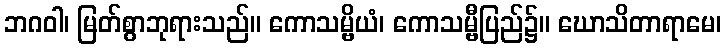
ဘဂဝါ၊ မြတ်စွာဘုရားသည်။ ကောသမ္ဗိယံ၊ ကောသမ္ဗီပြည်၌။ ဃောသိတာရာမေ၊